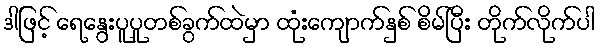
ဒါဖြင့် ရေနွေးပူပူတစ်ခွက်ထဲမှာ ထုံးကျောက်နှစ် စိမ်ပြီး တိုက်လိုက်ပါ